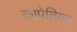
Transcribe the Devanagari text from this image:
कापेतियन